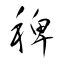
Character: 稗